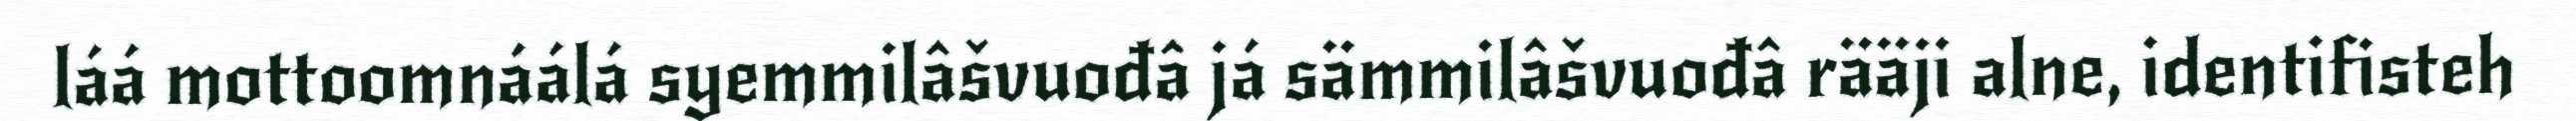
láá mottoomnáálá syemmilâšvuođâ já sämmilâšvuođâ rääji alne, identifisteh